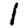
Digit: 1